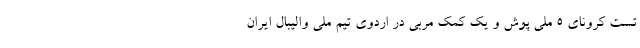
تست کرونای ۵ ملی پوش و یک کمک مربی در اردوی تیم ملی والیبال ایران